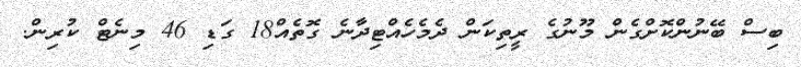
ބިސް ބޭނުންކޮށްގެން މޫނުގެ ރީތިކަން ދެމެހެއްޓިދާނެ ގޮތެއް18 ގަޑި 46 މިނެޓް ކުރިން.